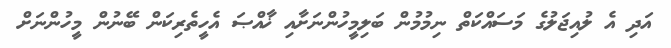
އަދި އެ ލުއިޖަލުގެ މަސައްކަތް ނިމުމުން ބަލިމީހުންނަށާއި ޚާއްޞަ އެހީތެރިކަން ބޭނުން މީހުންނަށް